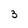
Character: 3